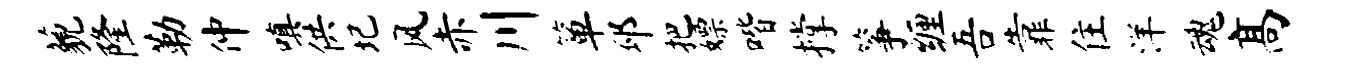
藐隆勒仲嗔供圮风赤川箪邳把嫖喈撑筝缠吾靠住洋魂高